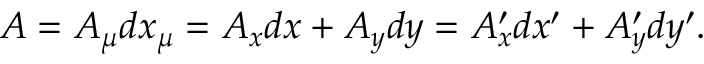
A = A _ { \mu } d x _ { \mu } = A _ { x } d x + A _ { y } d y = A _ { x } ^ { \prime } d x ^ { \prime } + A _ { y } ^ { \prime } d y ^ { \prime } .